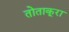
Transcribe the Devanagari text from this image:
तोताकूरा